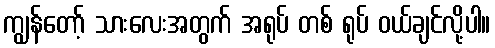
ကျွန်တော့် သားလေးအတွက် အရုပ် တစ် ရုပ် ဝယ်ချင်လို့ပါ။